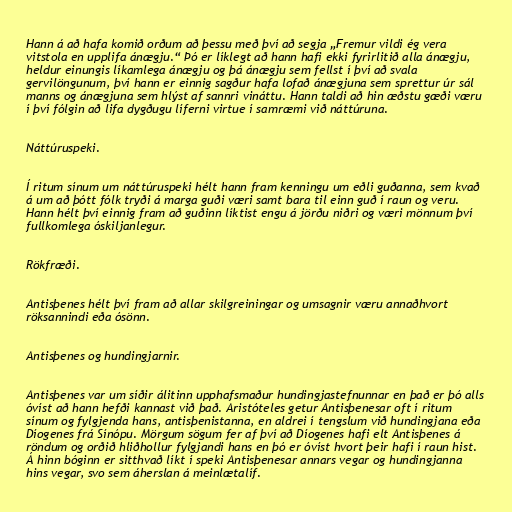
Hann á að hafa komið orðum að þessu með því að segja „Fremur vildi ég vera
vitstola en upplifa ánægju.“ Þó er líklegt að hann hafi ekki fyrirlitið alla ánægju,
heldur einungis líkamlega ánægju og þá ánægju sem fellst í því að svala
gervilöngunum, því hann er einnig sagður hafa lofað ánægjuna sem sprettur úr sál
manns og ánægjuna sem hlýst af sannri vináttu. Hann taldi að hin æðstu gæði væru
í því fólgin að lifa dygðugu líferni virtue í samræmi við náttúruna.

Náttúruspeki.

Í ritum sínum um náttúruspeki hélt hann fram kenningu um eðli guðanna, sem kvað
á um að þótt fólk tryði á marga guði væri samt bara til einn guð í raun og veru.
Hann hélt því einnig fram að guðinn líktist engu á jörðu niðri og væri mönnum því
fullkomlega óskiljanlegur.

Rökfræði.

Antisþenes hélt því fram að allar skilgreiningar og umsagnir væru annaðhvort
röksannindi eða ósönn.

Antisþenes og hundingjarnir.

Antisþenes var um síðir álitinn upphafsmaður hundingjastefnunnar en það er þó alls
óvíst að hann hefði kannast við það. Aristóteles getur Antisþenesar oft í ritum
sínum og fylgjenda hans, antisþenistanna, en aldrei í tengslum við hundingjana eða
Díogenes frá Sínópu. Mörgum sögum fer af því að Díogenes hafi elt Antisþenes á
röndum og orðið hliðhollur fylgjandi hans en þó er óvíst hvort þeir hafi í raun hist.
Á hinn bóginn er sitthvað líkt í speki Antisþenesar annars vegar og hundingjanna
hins vegar, svo sem áherslan á meinlætalíf.